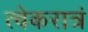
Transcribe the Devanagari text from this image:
त्वेकरात्रं